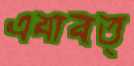
এযাবত্